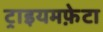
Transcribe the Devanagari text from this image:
ट्राइयमफ़ेटा